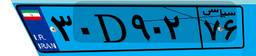
۳۰D۹۰۲۷۶